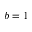
b = 1